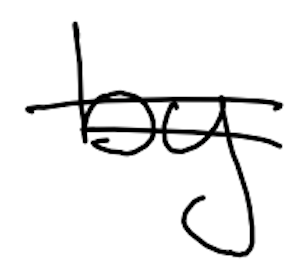
Text: by
Cross-out: double-line
Writing tool: digital_black